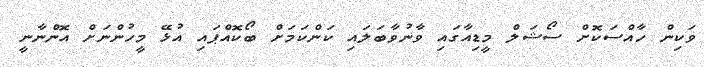
ވަކިން ހާއްސަކޮށް ސޯޝަލް މީޑިއާގައި ވާނުވާބަލައި ކަންކަމަށް ބޯކޮއްޕައި އުޅޭ މީހުންނަށް އޮންނާނީ